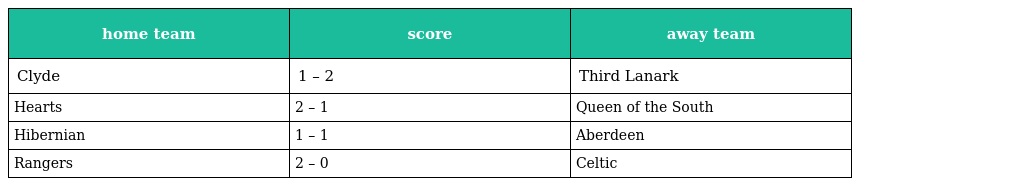
| home team | score | away team |
 | --- | --- | --- |
 | Clyde | 1 – 2 | Third Lanark |
 | Hearts | 2 – 1 | Queen of the South |
 | Hibernian | 1 – 1 | Aberdeen |
 | Rangers | 2 – 0 | Celtic |